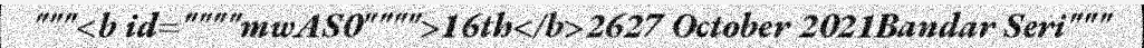
"""<b id=""""mwAS0"""">16th</b>2627 October 2021Bandar Seri"""